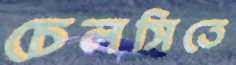
চেলসিতে